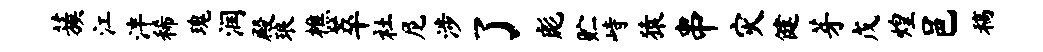
蔟江泮稀瑰润殿琅樵萃社尼涉了彪贮峙猿串灾健芽戊煌邑稿